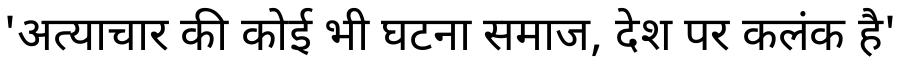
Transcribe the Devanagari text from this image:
'अत्याचार की कोई भी घटना समाज, देश पर कलंक है'